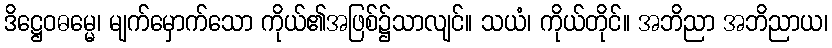
ဒိဋ္ဌေဝဓမ္မေ၊ မျက်မှောက်သော ကိုယ်၏အဖြစ်၌သာလျင်။ သယံ၊ ကိုယ်တိုင်။ အဘိညာ အဘိညာယ၊